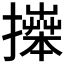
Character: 𢷎